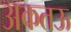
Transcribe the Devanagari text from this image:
अकतऊ